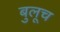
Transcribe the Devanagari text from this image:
बुलूच